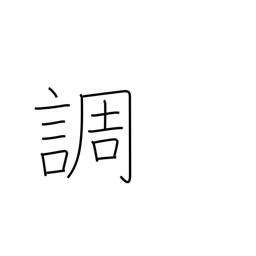
Meaning: tune